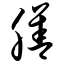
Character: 膳